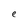
Character: e